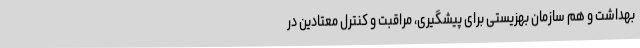
بهداشت و هم سازمان بهزیستی برای پیشگیری، مراقبت و کنترل معتادین در